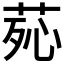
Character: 𦰸